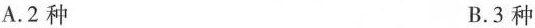
A.2种 B.3种